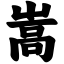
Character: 嵩